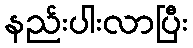
နည်းပါးလာပြီး